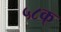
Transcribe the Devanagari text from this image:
५८क्